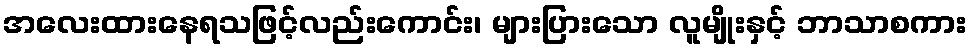
အလေးထားနေရသဖြင့်လည်းကောင်း၊ များပြားသော လူမျိုးနှင့် ဘာသာစကား